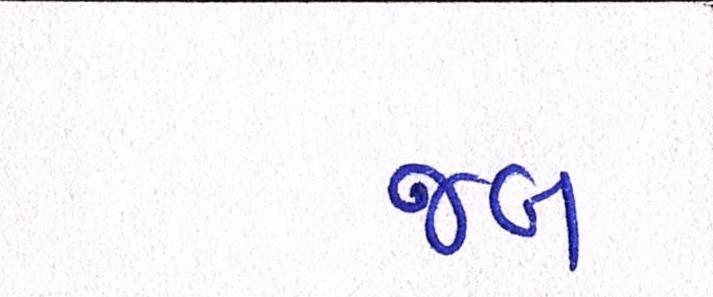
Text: જબ